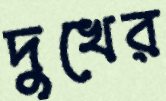
দুখের